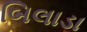
બિલાડા